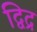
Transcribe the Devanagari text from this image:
द्विद्र